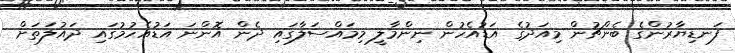
ފަނޑިޔާރުންގެ ބެންޗުން މިއަދުގެ އަޑުއެހުން ނިންމާލީ މިމައްސަލާގައި ދެން އޮންނަ އަޑުއެހުމުގައި ދައުލަތަށް